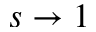
s \to 1